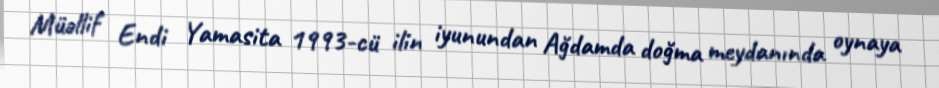
Müəllif Endi Yamasita 1993-cü ilin iyunundan Ağdamda doğma meydanında oynaya